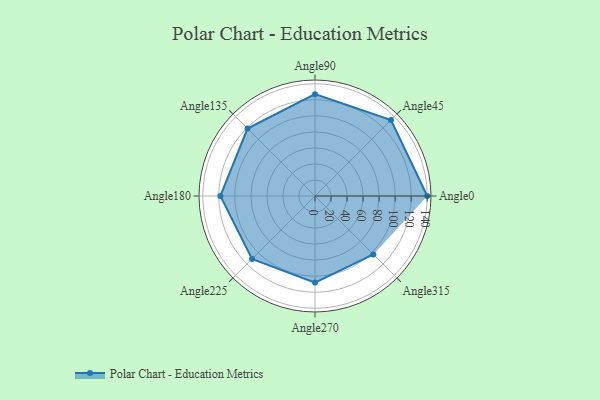
{"axis": {"x": "Angle", "y": "Radius"}, "legend": [""], "data": [{"x": "Angle0", "y": 140.0, "type": ""}, {"x": "Angle45", "y": 134.0, "type": ""}, {"x": "Angle90", "y": 127.0, "type": ""}, {"x": "Angle135", "y": 119.0, "type": ""}, {"x": "Angle180", "y": 118.0, "type": ""}, {"x": "Angle225", "y": 111.0, "type": ""}, {"x": "Angle270", "y": 108.0, "type": ""}, {"x": "Angle315", "y": 103.0, "type": ""}]}